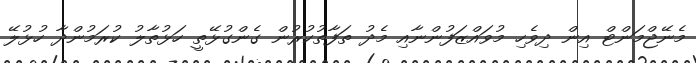
މެނޭޖްމަންޓް އިން ދިވެހި މުވައްޒަފުންނާއި މެދު ތަފާތުކުރުން ގެންގުޅޭތީ ހަޅުތާލު ކުރަމުންދާ ހުޅުލޭ